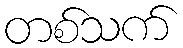
တစ်သက်